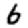
Digit: 6